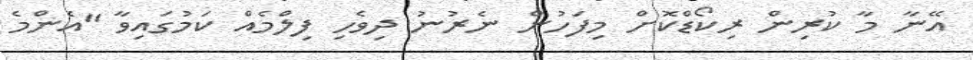
އޭނާ މާ ކުރިން ރިކޯޑްކޮށް މިފަހުން ނެރުނު ދިވެހި ފިލްމެއް ކަމުގައިވާ "އެންމެ